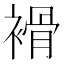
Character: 𧜓